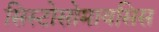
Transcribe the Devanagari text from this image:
सिस्टोसोमायसिस